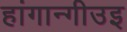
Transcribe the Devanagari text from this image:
हांगान्गीउइ